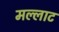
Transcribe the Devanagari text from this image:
मल्लाट